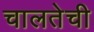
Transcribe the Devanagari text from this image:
चालतेची